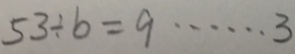
5 3 \div b = 9 \cdots 3